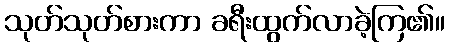
သုတ်သုတ်စားကာ ခရီးထွက်လာခဲ့ကြ၏။